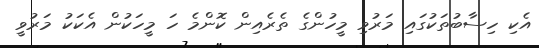
އެކި ހިސާބުތަކުގައި މަރުވި މީހުންގެ ތެރެއިން ކޮންމެ ހަ މީހަކުން އެކަކު މަރުވީ